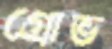
গ্রোভ